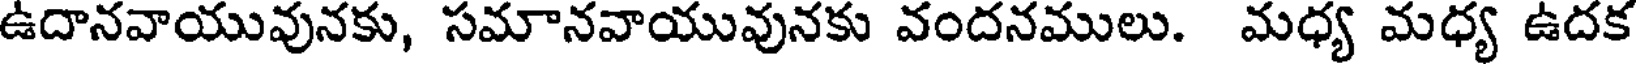
ఉదానవాయువునకు, సమానవాయువునకు వందనములు. మధ్య మధ్య ఉదక